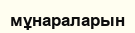
мұнараларын